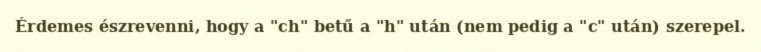
Érdemes észrevenni, hogy a "ch" betű a "h" után (nem pedig a "c" után) szerepel.